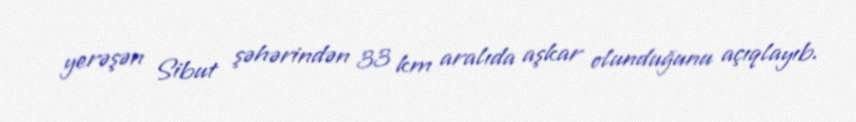
yerəşən Sibut şəhərindən 33 km aralıda aşkar olunduğunu açıqlayıb.